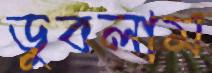
ডুবলাম